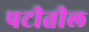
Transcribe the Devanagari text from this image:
पटीतील